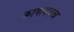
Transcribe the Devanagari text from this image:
काषायवस्त्र